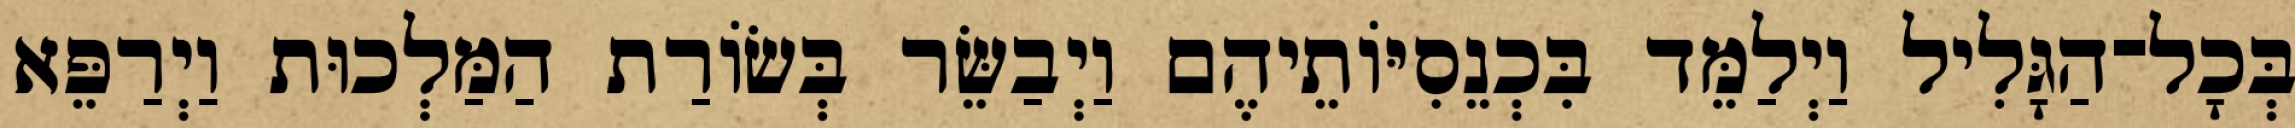
בְּכָל־הַגָּלִיל וַיְלַמֵּד בִּכְנֵסִיּוֹתֵיהֶם וַיְבַשֵּׂר בְּשׂוֹרַת הַמַּלְכוּת וַיְרַפֵּא